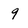
Character: 9